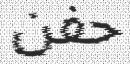
حفن